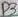
Text: D3